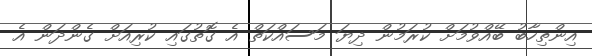
އިންތިހާބު ބޭއްވުމަށް ކުރަމުން ދިޔަ މަސައްކަތް އެ ގޮތުގައި ކުރިއަށް ގެންދަން އެ